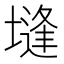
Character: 塳